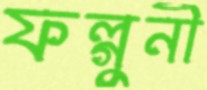
ফল্গুনী